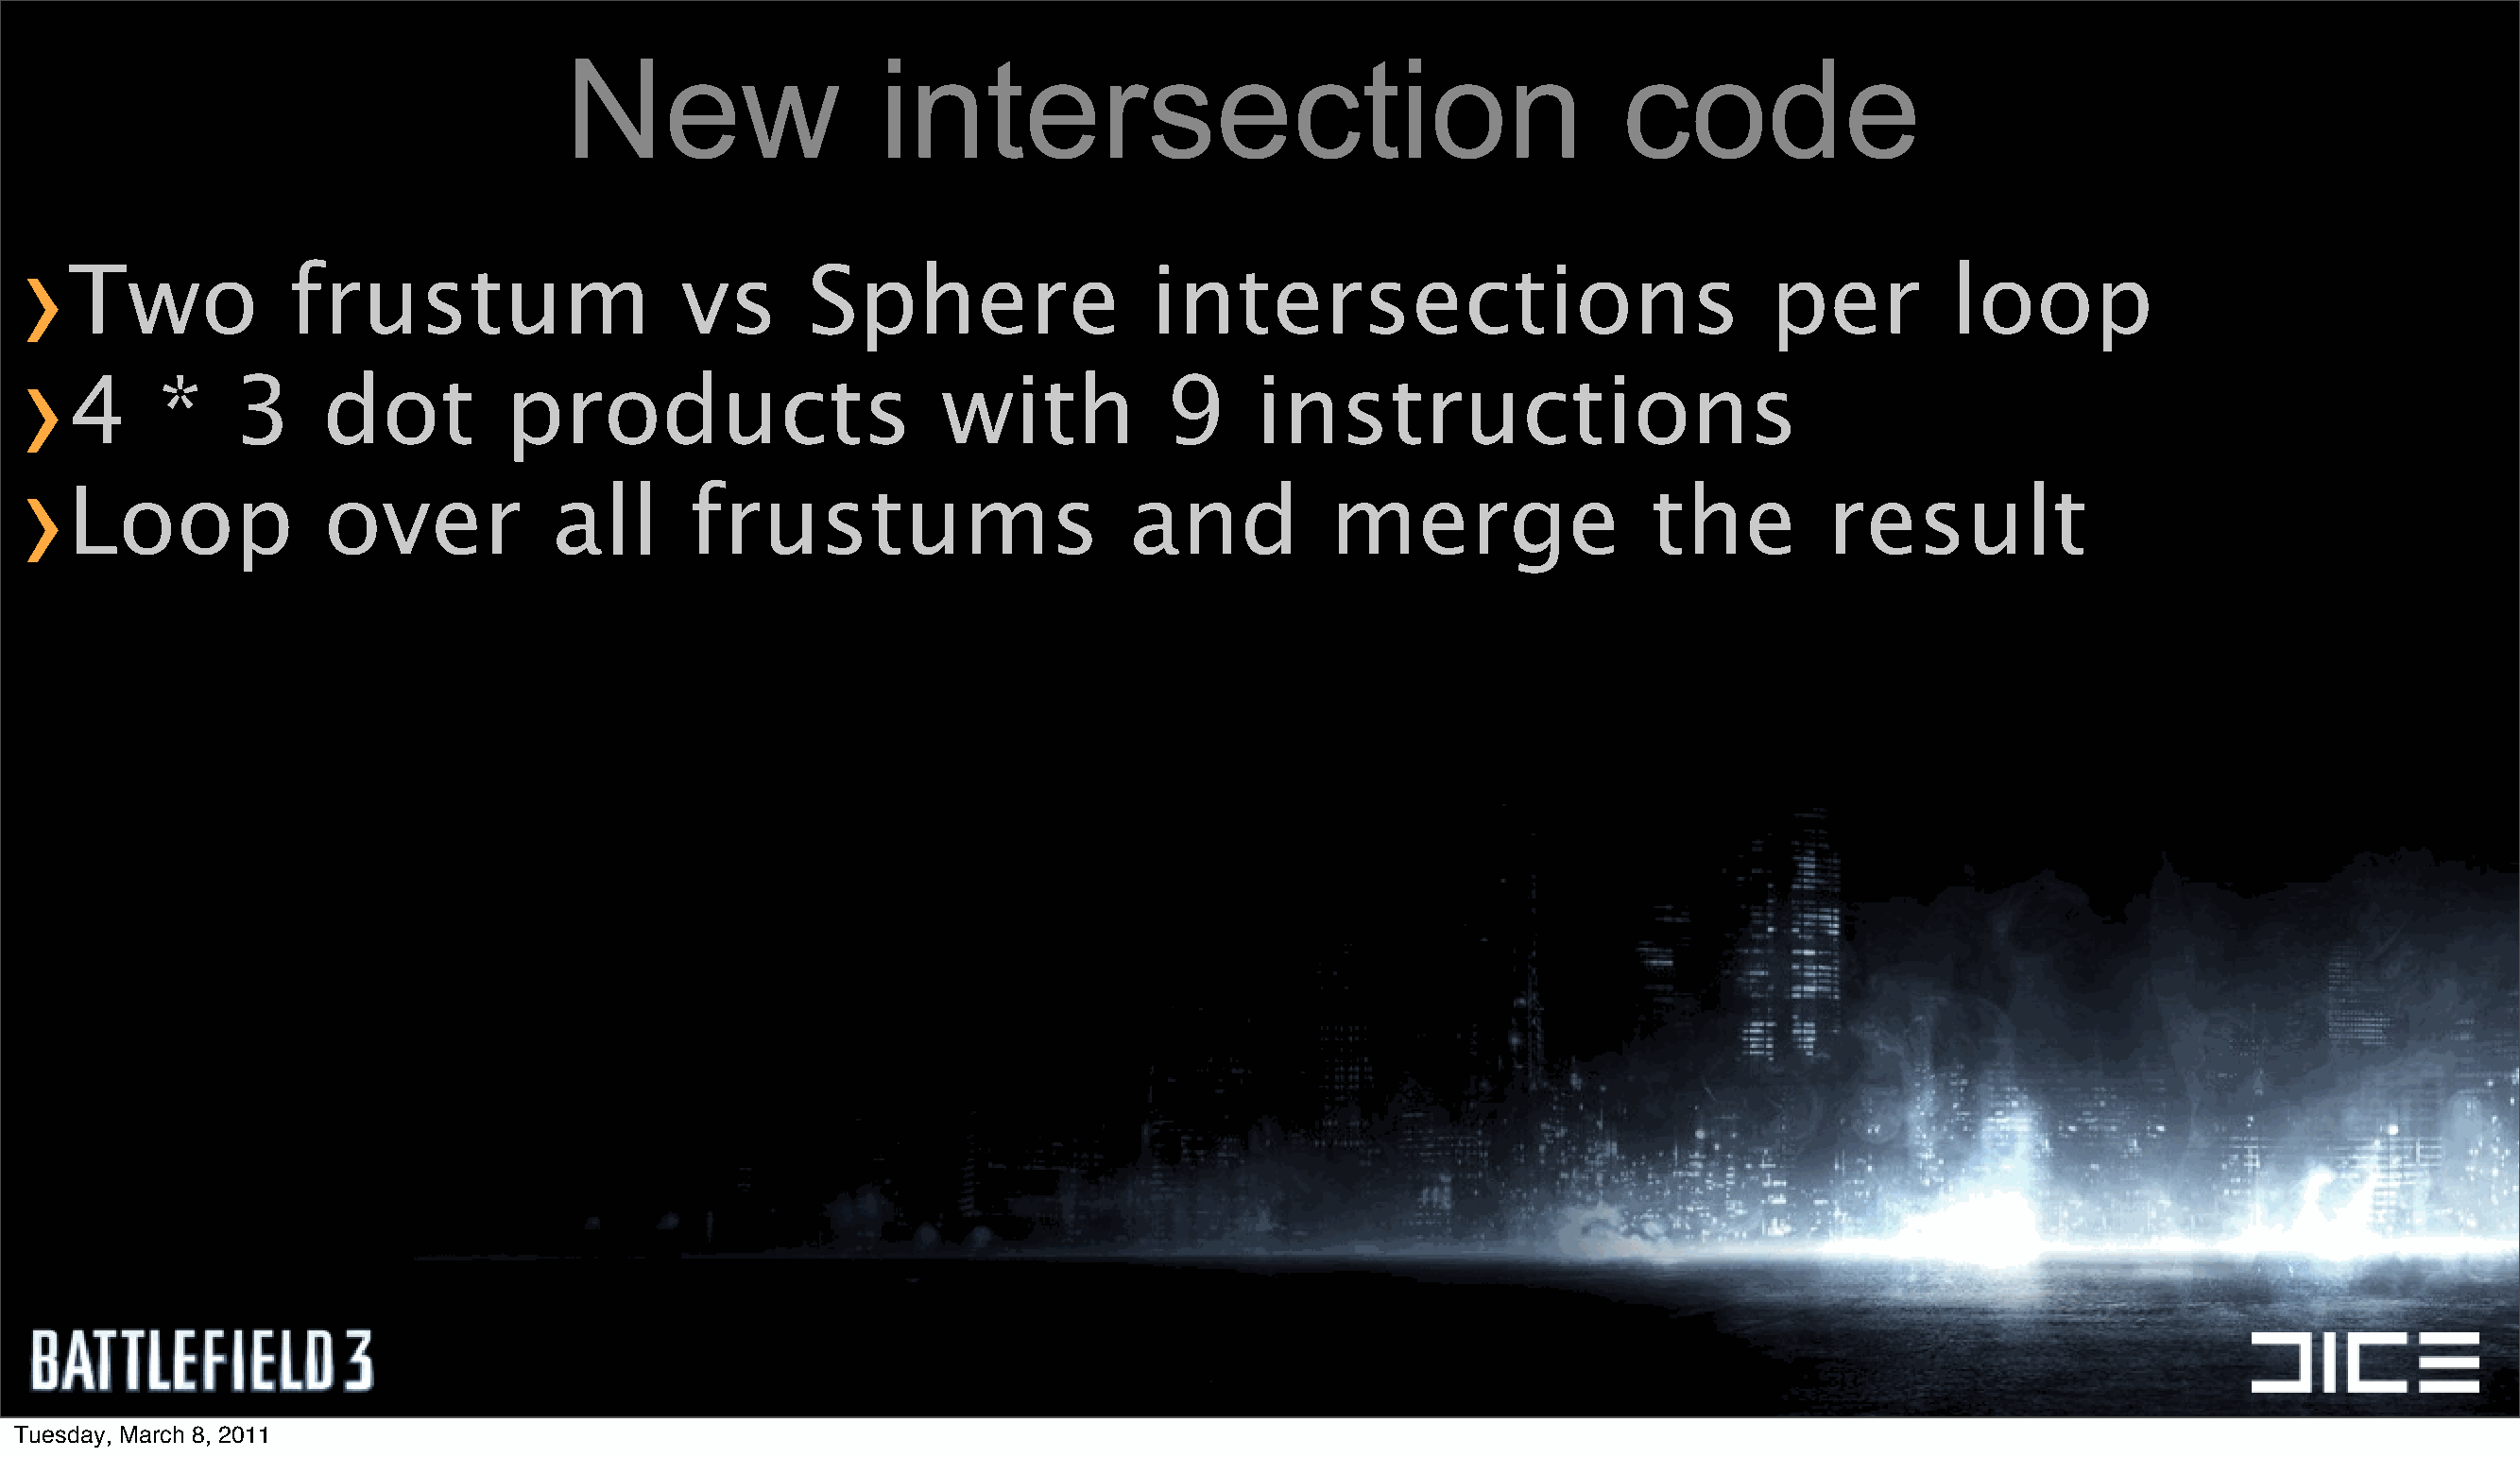
New                   intersection                                        code
 ›
 Two            frustum                     vs       Sphere                  intersections                              per          loop
 ›
 4     *    3      dot         products                       with            9     instructions
 ›
 Loop              over            all      frustums                       and           merge                  the         result
 Tuesday, March 8, 2011